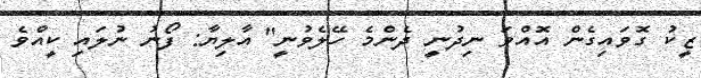
ޒީކު ގޮވައިގެން އޮއްވަ ނިދުނީ ދެންމެ ހޭލެވުނީ'' އާލިޔާ: ފޯނު ނުލައި ކީއްވެ